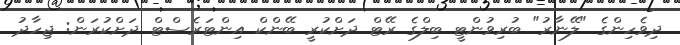
ދިވެހިންގެ "ލޭނާރު" ބުރިވުންޓީ ބިލްގެ ރޭޓް ދަށްކުރީ ބޭންކް އިންޓަރެސްޓް ދަށްކުރަން: ޖިހާދު